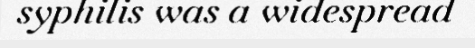
syphilis was a widespread